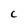
Character: C